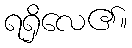
ရရှိလေ၏။